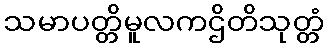
သမာပတ္တိမူလကဌိတိသုတ္တံ